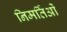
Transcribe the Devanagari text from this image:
निमर्तिओं